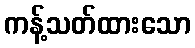
ကန့်သတ်ထားသော